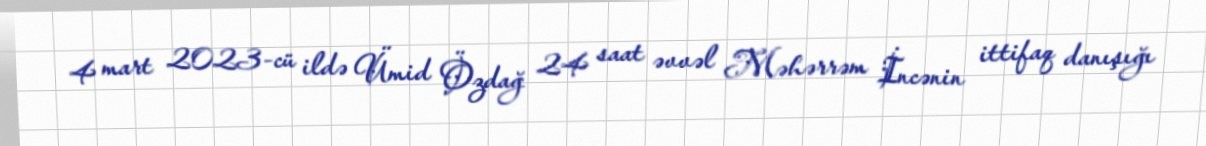
4 mart 2023-cü ildə Ümid Özdağ 24 saat əvvəl Məhərrəm İncənin ittifaq danışığı